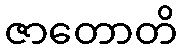
ဇာတောတိ